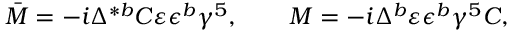
\bar { \cal M } = - i \Delta ^ { * b } C \varepsilon \epsilon ^ { b } \gamma ^ { 5 } , \qquad { \cal M } = - i \Delta ^ { b } \varepsilon \epsilon ^ { b } \gamma ^ { 5 } C , \qquad